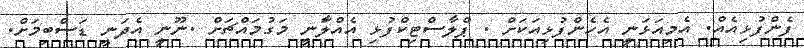
ފެންފުޅިއެއް. އެމިއަޅަނީ އެހެންފުޅިއަކަށް . ޕްލާސްޓިކްފުޅި އެއްލާަނީ މަގުމައްޗަށް .ނޫނީ އެދަނީ ޑަސްބިމަށް.